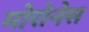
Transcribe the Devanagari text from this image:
मोरोनेस